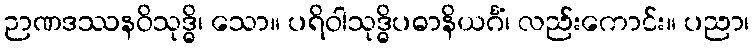
ဉာဏဒဿနဝိသုဒ္ဓိ၊ သော။ ပရိဝါသုဒ္ဓိပဓာနိယင်္ဂံ၊ လည်းကောင်း။ ပညာ၊